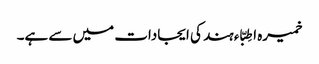
خمیرہ اطِبّاء ہند کی ایجادات میں سے ہے۔